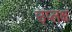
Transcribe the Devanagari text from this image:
उप्लक्ष